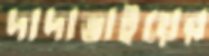
দাদাভাইয়ের